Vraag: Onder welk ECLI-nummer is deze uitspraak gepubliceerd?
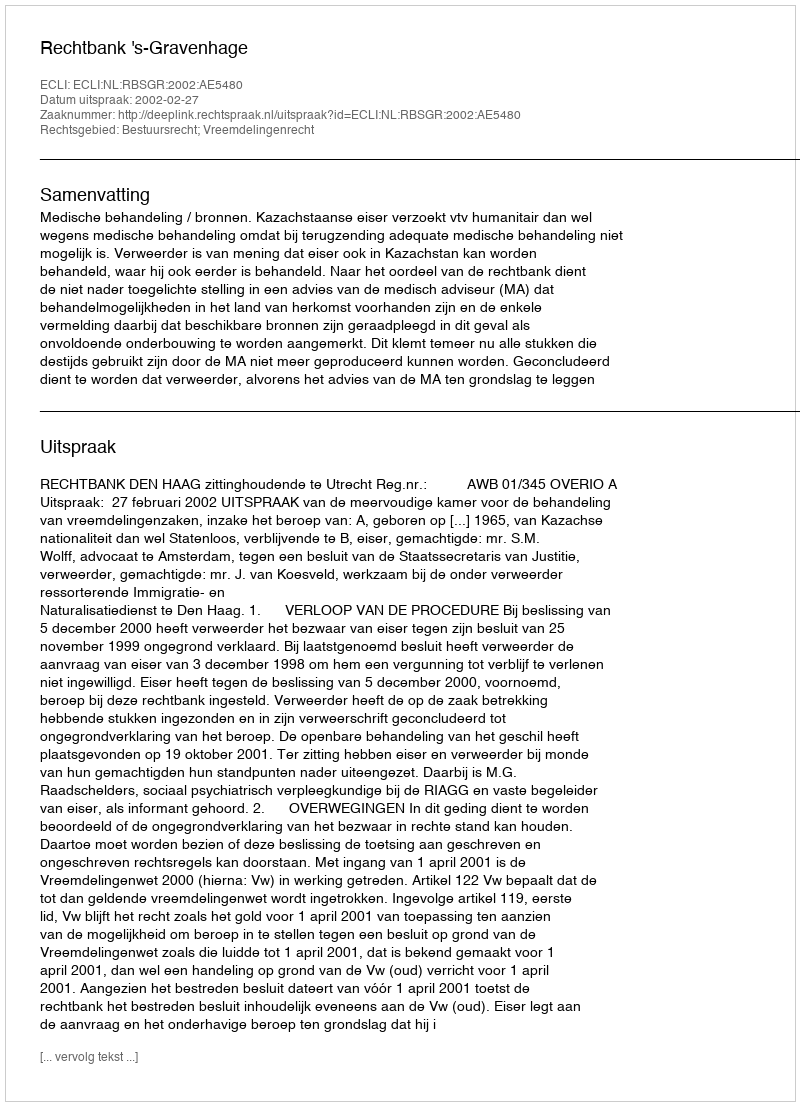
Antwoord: ECLI:NL:RBSGR:2002:AE5480